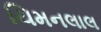
ચિમનલાલ